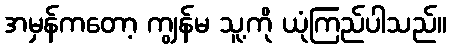
အမှန်ကတော့ ကျွန်မ သူ့ကို ယုံကြည်ပါသည်။